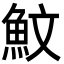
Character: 魰